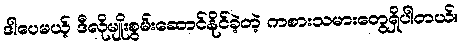
ဒါပေမယ့် ဒီလိုမျိုးစွမ်းဆောင်နိုင်ခဲ့တဲ့ ကစားသမားတွေရှိပါတယ်။